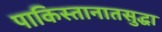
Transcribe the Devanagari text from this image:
पाकिस्तानातसुद्धा